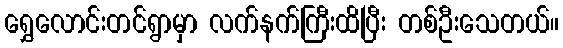
ရွှေလောင်းတင်ရွာမှာ လက်နက်ကြီးထိပြီး တစ်ဦးသေတယ်။